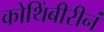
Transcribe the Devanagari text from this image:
कोथिंबीरीनं